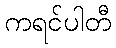
ကရင်ပါတီ